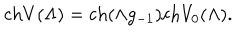
\mathrm { c h } V ( \Lambda ) = \mathrm { c h } ( \wedge g _ { - 1 } ) \mathrm { c h } V _ { 0 } ( \Lambda ) .